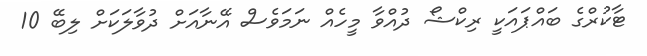
ޓާކުރްގެ ބައްޕައަކީ ރިކްޝޯ ދުއްވާ މީހެއް ނަމަވެސް އޭނާއަށް ދުވާލަކަށް ލިބޭ 10